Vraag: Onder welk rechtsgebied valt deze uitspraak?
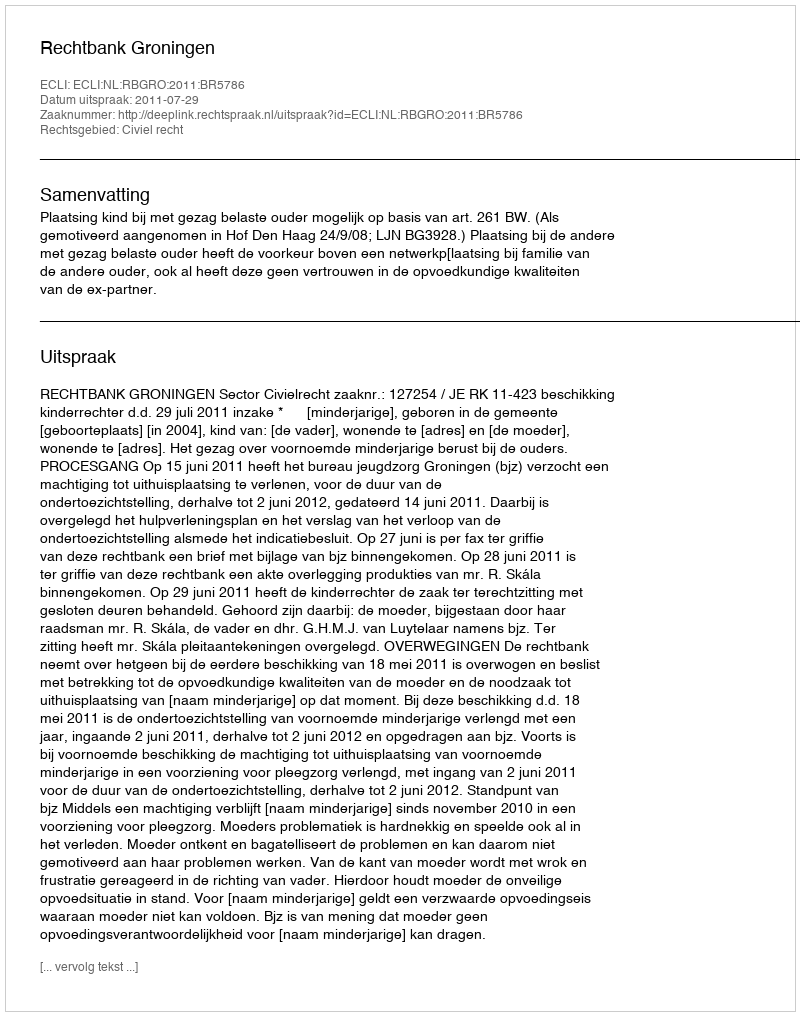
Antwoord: Civiel recht